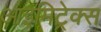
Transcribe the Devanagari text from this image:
आइमिट्रेक्स